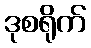
ဒုစရိုက်